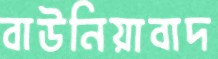
বাউনিয়াবাদ